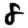
Digit: 8